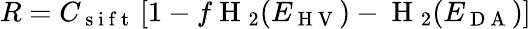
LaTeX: R=C_{\mathrm{~s~i~f~t~}}\left[1-f\mathrm{~H~}_{2}(E_{\mathrm{~H~V~}})-\mathrm{~H~}_{2}(E_{\mathrm{~D~A~}})\right]